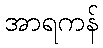
အာရကန်